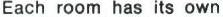
Each room has its own